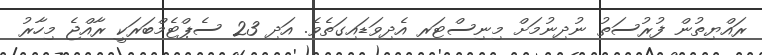
ރައްޔިތުން ފުރުސަތު ނުދިނުމަށް މިނިސްޓަރ އެދިވަޑައިގަތެވެ. އަދި 23 ސެޕްޓެމްބަރަކީ ރާއްޖެ މިހާރު